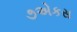
૭એકસ